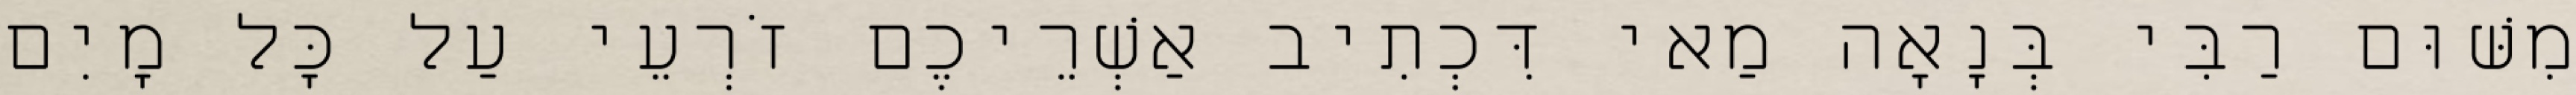
מִשּׁוּם רַבִּי בְּנָאָה מַאי דִּכְתִיב אַשְׁרֵיכֶם זֹרְעֵי עַל כׇּל מָיִם